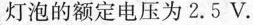
灯泡的额定电压为2.5V.